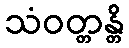
သံဝတ္တန္တိ